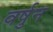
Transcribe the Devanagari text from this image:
वर्षुन